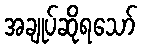
အချုပ်ဆိုရသော်